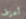
أعزف